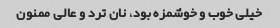
خیلی خوب و خوشمزه بود، نان ترد و عالی ممنون